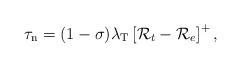
\begin{align*} \tau_\textrm{n} = (1-\sigma) \lambda_\textrm{T} \left[ \mathcal{R}_t - \mathcal{R}_e \right]^{+},\end{align*}